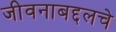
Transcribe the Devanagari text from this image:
जीवनाबद्दलचे